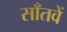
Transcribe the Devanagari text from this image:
साँतवें